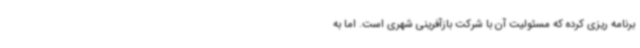
برنامه ریزی کرده که مسئولیت آن با شرکت بازآفرینی شهری است. اما به